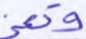
وتعز